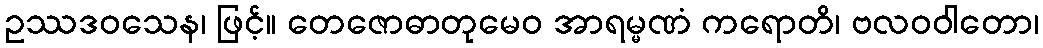
ဥဿဒဝသေန၊ ဖြင့်။ တေဇောဓာတုမေဝ အာရမ္မဏံ ကရောတိ၊ ဗလဝဝါတော၊